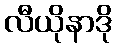
လီယိုနာဒို